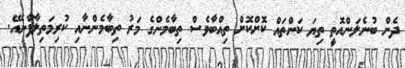
ދެން ބުނެލަންއޮތީ ތިޔަ ކަންތައް ކޮށްކޮށް ތިއްބާވެސް ތިބާމެންގެ މަރު ތިބާމެންނާއި ކުރިމަތިލާފާނެއޭ.